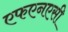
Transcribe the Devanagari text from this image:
एफएनएसी